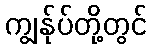
ကျွန်ုပ်တို့တွင်